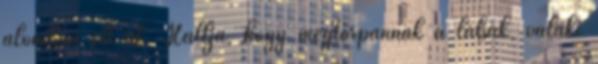
álomban éli át. Hallja, hogy megtorpannak a lábak, valaki